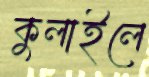
কুলাইলে